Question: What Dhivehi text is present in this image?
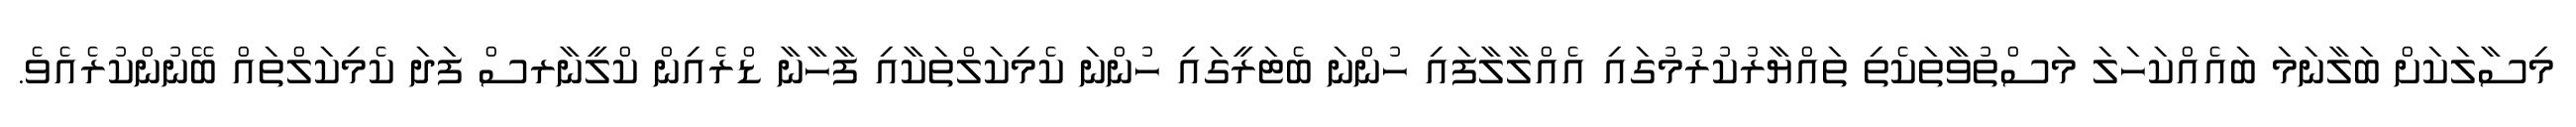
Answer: މިސާލަކަށް ބަލާނަމަ ބައެއްކަހަލަ މަސްތުވާތަކެތި ތައްޔާރުކުރުމުގައި އެއްލާލާފައި ހުންނަ ބެޓަރީގައި ހުންނަ ކެމިކަލްތަކާއި ފާހާނާ ޑްރެއިން ކްލީނާރސް ފަދަ ކެމިކަލްތައް ބޭނުންކުރެއެވެ.